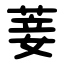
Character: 菨